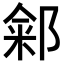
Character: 𬪏